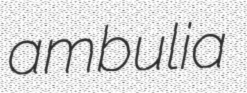
ambulia